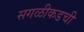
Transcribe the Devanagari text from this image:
सगळीकडची